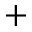
+